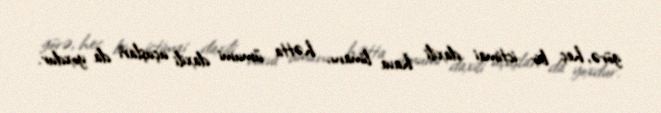
görə, heç bir ictimai daxili hava limanı, hətta ümumi daxili uçuşları da yoxdur.